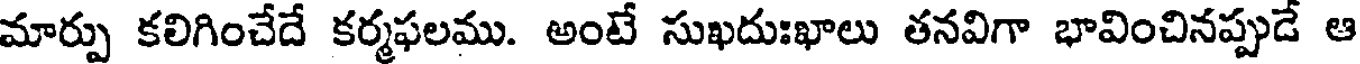
మార్పు కలిగించేదే కర్మఫలము. అంటే సుఖదుఃఖాలు తనవిగా భావించినప్పుడే ఆ